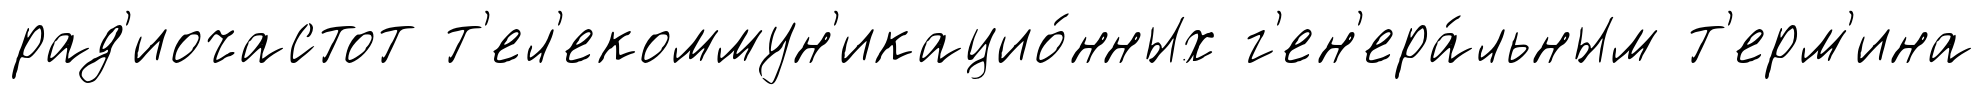
рад'иочастот т'ел'екоммун'икацио́нных г'ен'ера́льным т'ерм'ина